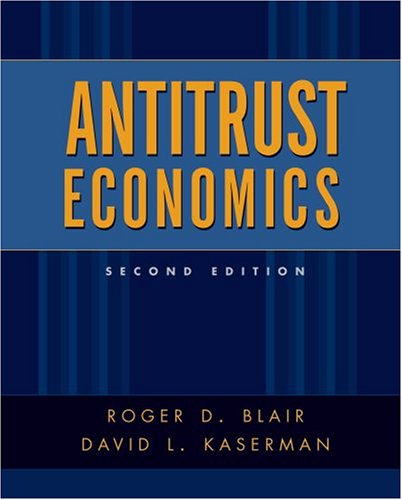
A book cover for Antitrust Economics; Roger D. Blair; Law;